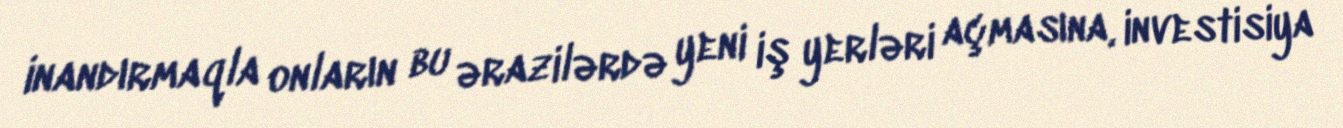
inandırmaqla onların bu ərazilərdə yeni iş yerləri açmasına, investisiya